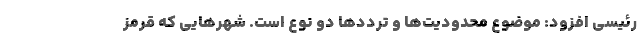
رئیسی افزود: موضوع محدودیت‌ها و ترددها دو نوع است. شهرهایی که قرمز